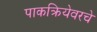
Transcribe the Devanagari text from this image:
पाकक्रियेवरचे